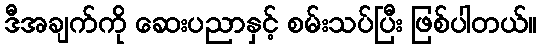
ဒီအချက်ကို ဆေးပညာနှင့် စမ်းသပ်ပြီး ဖြစ်ပါတယ်။